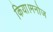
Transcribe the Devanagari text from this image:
किया।मनोज